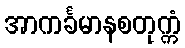
အာကင်္ခမာနစတုက္ကံ